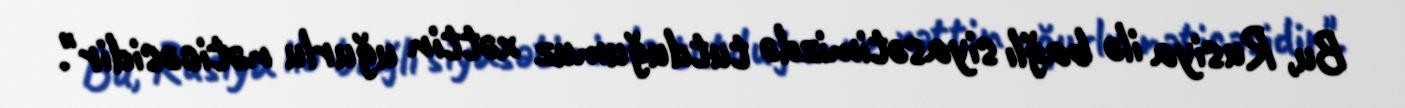
Bu, Rusiya ilə bağlı siyasətimizdə tutduğumuz xəttin uğurlu nəticəsidir".